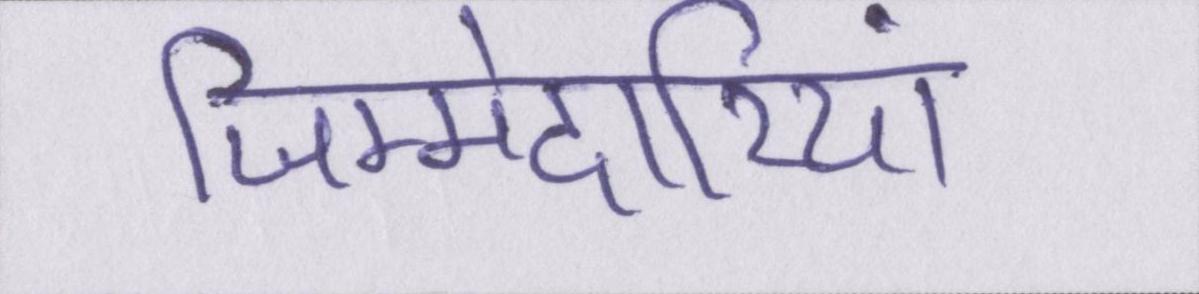
जिम्मेदारियां